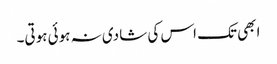
ابھی تک اس کی شادی نہ ہوئی ہوتی۔